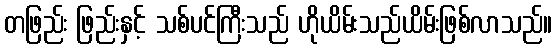
တဖြည်း ဖြည်းနှင့် သစ်ပင်ကြီးသည် ဟိုယိမ်းသည်ယိမ်းဖြစ်လာသည်။